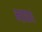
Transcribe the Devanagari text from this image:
भाषणं